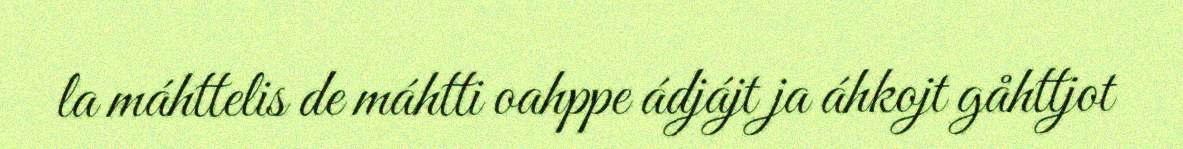
la máhttelis de máhtti oahppe ádjájt ja áhkojt gåhttjot